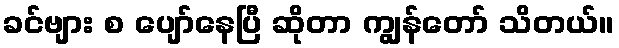
ခင်ဗျား စ ပျော်နေပြီ ဆိုတာ ကျွန်တော် သိတယ်။